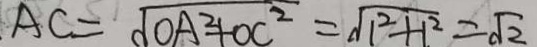
A C = \sqrt { O A ^ { 2 } + O C ^ { 2 } } = \sqrt { 1 ^ { 2 } + 1 ^ { 2 } } = \sqrt { 2 }